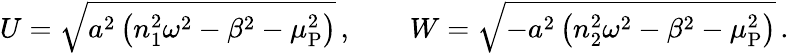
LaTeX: U=\sqrt{a^{2}\left(n_{1}^{2}\omega^{2}-\beta^{2}-\mu_{\mathrm{P}}^{2}\right)}\, ,\qquad W=\sqrt{-a^{2}\left(n_{2}^{2}\omega^{2}-\beta^{2}-\mu_{\mathrm{P}}^{2}\right)}\, .